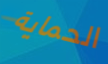
الحماية